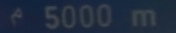
^{\circ}5000\